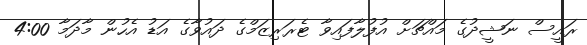
ރައީސް ނަޝީދުގެ މައްޗަށް އުފުލާފައިވާ ޓެރަރިޒަމްގެ ދައުވާގެ އަޑު އެހުން މާދަމާ 4:00